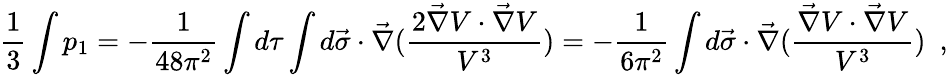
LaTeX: \frac{1}{3}\int p_{1}=-\frac{1}{48\pi^{2}}\int d\tau\int d\vec{\sigma}\cdot\vec{\nabla}(\frac{2\vec{\nabla}V\cdot\vec{\nabla}V}{V^{3}})=-\frac{1}{6\pi^{2}}\int d\vec{\sigma}\cdot\vec{\nabla}(\frac{\vec{\nabla}V\cdot\vec{\nabla}V}{V^{3}})~~,